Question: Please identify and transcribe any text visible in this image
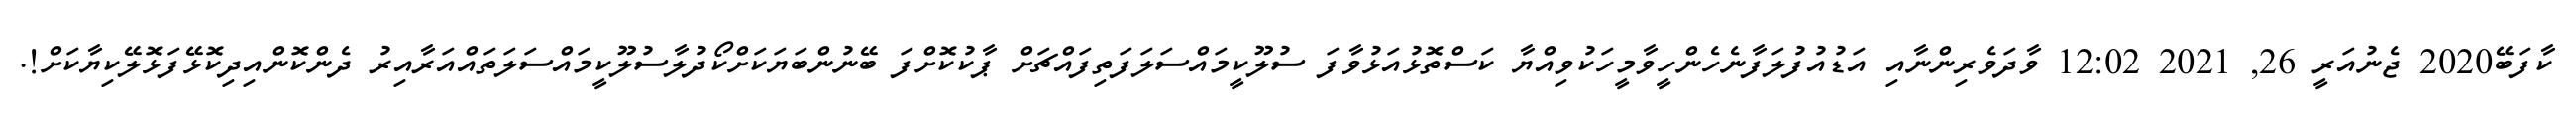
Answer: ކާފަބޭ2020 ޖެނުއަރީ 26, 2021 12:02 ވާދަވެރިންނާއި އަޑުއުފުލަފާނެހެންހީވާމީހަކުވިއްޔާ ކަސްތޮޅުއަޅުވާފަ ސުލޫކީމައްސަލަފަތިފައްޗަށް ޕާކުކޮށްފަ ބޭނުންބަޔަކަށްކޯދުލާސުލޫކީމައްސަލަތައްއަރާއިރު ދެންކޮންއިދިކޮޅޭފަޅޮލޭކިޔާކަށް!.